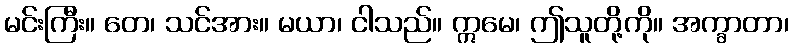
မင်းကြီး။ တေ၊ သင်အား။ မယာ၊ ငါသည်။ ဣမေ၊ ဤသူတို့ကို။ အက္ခာတာ၊